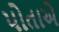
પોતાએ